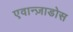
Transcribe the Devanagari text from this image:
एवान्ज़ाडोस